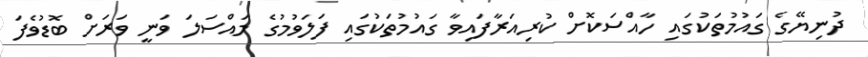
ދުނިޔޭގެ ގައުމުތަކުގައި ހާއްސަކޮށް ކުރިއަރާފައިވާ ގައުމުތަކުގައި ފަލަވުމުގެ މައްސަލަ ވަނީ ވަރަށް ބޮޑުވެފަ